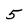
Character: 5